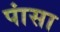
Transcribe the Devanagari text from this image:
पांसा